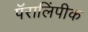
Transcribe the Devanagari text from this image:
पॅरालिंपीक